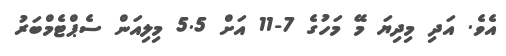
އެވެ. އަދި މިދިޔަ މޭ މަހުގެ 7-11 އަށް 5.5 މިލިއަން ސެޕްޓެމްބަރު